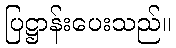
ပြဋ္ဌာန်းပေးသည်။